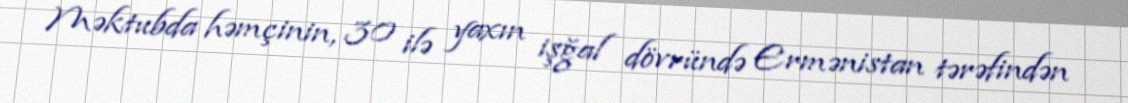
Məktubda həmçinin, 30 ilə yaxın işğal dövründə Ermənistan tərəfindən